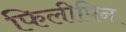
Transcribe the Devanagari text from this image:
फिलीपिन